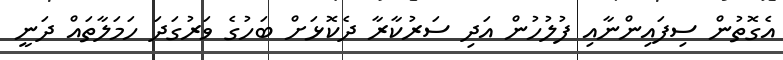
އެގޮތުން ސިފައިންނާއި ފުލުހުން އަދި ސަރުކާރާ ދެކޮޅަށް ބަހުގެ ވަރުގަދަ ހަމަލާތައް ދަނީ